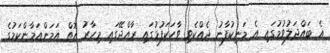
އެ ބައްދަލުވުމުގައި އެ މަނިކުފާނު ދެއްކެވި ވާހަކަފުޅުގައި ރާއްޖޭގައި މިހާރު އޮތް އަމަންއަމާންކަމުގެ